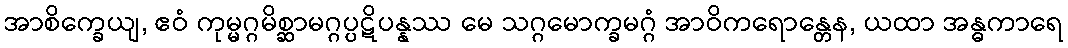
အာစိက္ခေယျ, ဧဝံ ကုမ္မဂ္ဂမိစ္ဆာမဂ္ဂပ္ပဋိပန္နဿ မေ သဂ္ဂမောက္ခမဂ္ဂံ အာဝိကရောန္တေန, ယထာ အန္ဓကာရေ